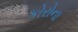
કોરોના